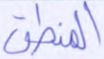
المنطق